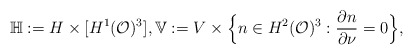
\begin{align*}\mathbb{H}: = H \times [ H^1(\mathcal{O})^3 ], \mathbb{V}:= V\times \Big\{n\in H^2(\mathcal{O})^3 : \frac{\partial n}{\partial \nu} = 0 \Big\} ,\end{align*}